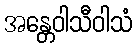
အန္တေဝါသီဝါသံ